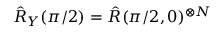
\hat { R } _ { Y } ( \pi / 2 ) = \hat { R } ( \pi / 2 , 0 ) ^ { \otimes N }